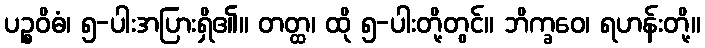
ပဉ္စဝိဓံ၊ ၅-ပါးအပြားရှိ၏။ တတ္ထ၊ ထို ၅-ပါးတို့တွင်။ ဘိက္ခဝေ၊ ရဟန်းတို့။